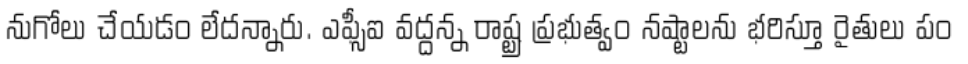
నుగోలు చేయడం లేదన్నారు. ఎఫ్సీఐ వద్దన్న రాష్ట్ర ప్రభుత్వం నష్టాలను భరిస్తూ రైతులు పం